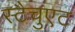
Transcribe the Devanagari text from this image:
स्टैचुएट